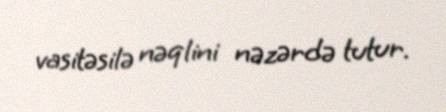
vasitəsilə nəqlini nəzərdə tutur.